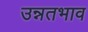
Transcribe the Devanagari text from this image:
उन्नतभाव